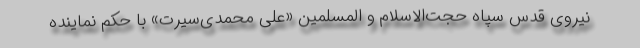
نیروی قدس سپاه حجت‌الاسلام و المسلمین «علی محمدی‌سیرت» با حکم نماینده